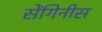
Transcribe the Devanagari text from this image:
सेंगिनीस